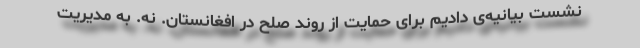
نشست بیانیه‌ی دادیم برای حمایت از روند صلح در افغانستان. نه. به مدیریت